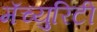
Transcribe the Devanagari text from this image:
मॅच्युरिटी